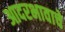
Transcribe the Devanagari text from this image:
आदरभावाचे